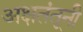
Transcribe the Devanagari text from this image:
अक्षतंतूनी